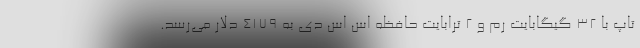
تاپ با ۳۲ گیگابایت رم و ۲ ترابایت حافظه اس اس دی به ۴۱۷۹ دلار می‌رسد.